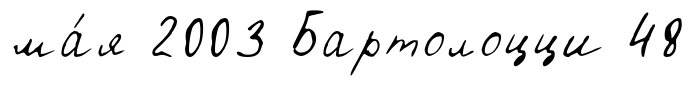
ма́я 2003 Бартолоцци 48